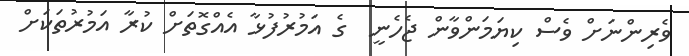
ވެރިންނަށް ވެސް ކިޔަމަންވާން ޖެހެނީ  ގެ އަމުރުފުޅާ އެއްގޮތަށް ކުރާ އަމުރުތަކަށް